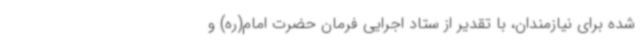
شده برای نیازمندان، با تقدیر از ستاد اجرایی فرمان حضرت امام(ره) و